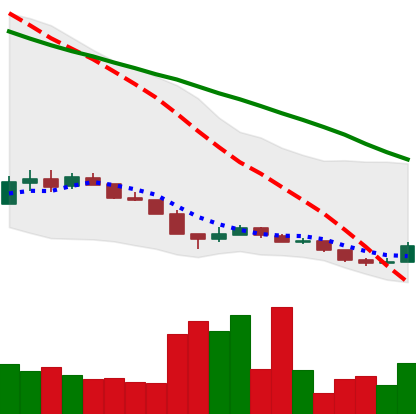
Ticker: XLM-USD
Chart end date: 2018-12-17
Forward return: 11.903%
Label: up_7plus